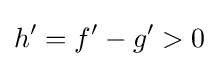
h'=f'-g'>0